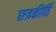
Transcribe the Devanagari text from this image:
छत्रकीर्ति